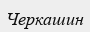
Черкашин